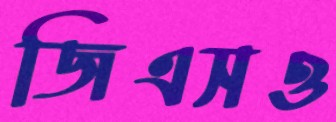
জিএসও